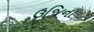
ઉજિના